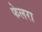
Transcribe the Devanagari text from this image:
फेलरा